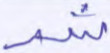
شر